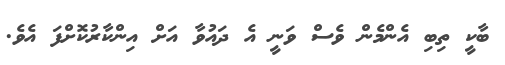
ބާކީ ތިބި އެންމެން ވެސް ވަނީ އެ ދައުވާ އަށް އިންކާރުކޮށްފަ އެވެ.